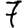
Digit: 7